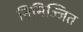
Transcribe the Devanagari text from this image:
निमिज्जित